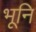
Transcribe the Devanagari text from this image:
भूनि